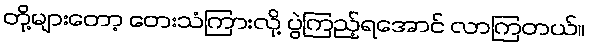
တို့များတော့ တေးသံကြားလို့ ပွဲကြည့်ရအောင် လာကြတယ်။